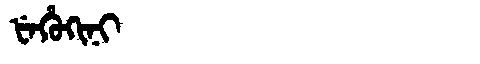
Manchu: ᡶᡝᡥᡠᡴᡳᠨᡳ
Romanization: FEHUKINI